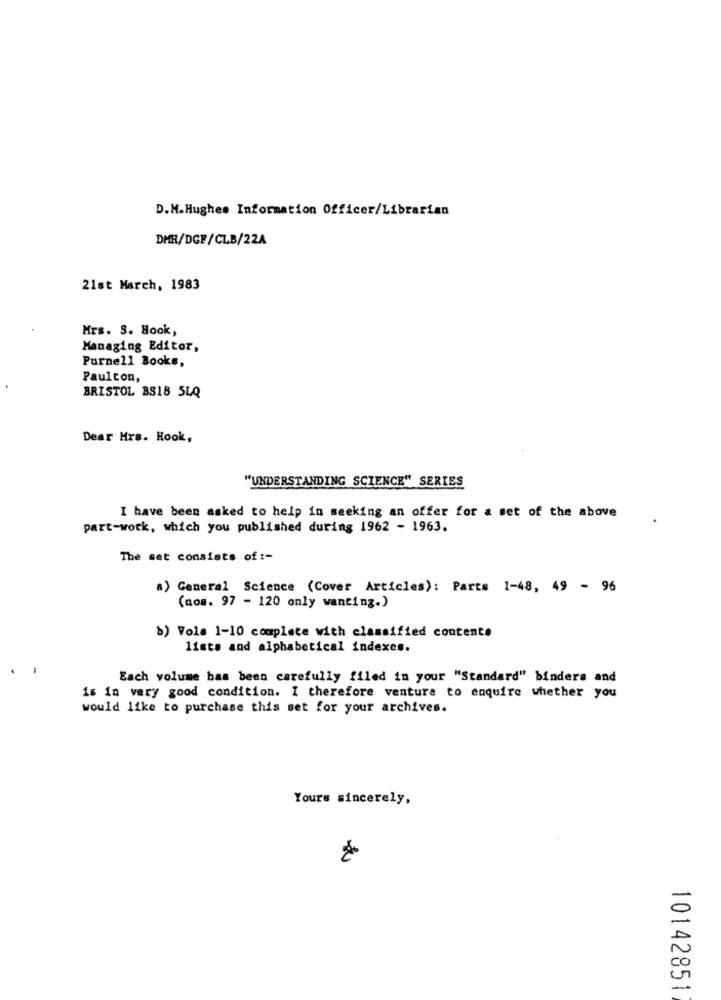
D.M.Hughes Information Officer/Librarian
DMR/DGF/CLB/22A
21st March, 1983
Mrs. 3. Hook,
Managing Editor,
Purnell Books,
Paulton,
BRISTOL BS18 5LQ
Dear Mrs. Hook,
"UNDERSTANDING SCIENCE" SERIES
I have been asked to help in seeking an offer for & set of the above
part-work, which you published during 1962 - 1963.
The set consists of :-
a) General Science (Cover Articles): Parts 1-48, 49 - 96
(aos. 97 - 120 only wanting.)
b) Vole 1-10 complete with classified contents
lists and alphabetical indexes.
Each volume has been carefully filed in your "Standard" binders and
is in very good condition. I therefore venture to enquire whether you
would like to purchase this set for your archives.
Yours sincerely,
10142851